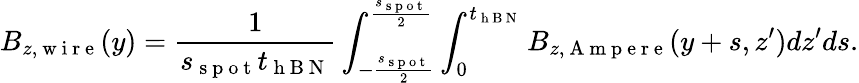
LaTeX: B_{z,\mathrm{~w~i~r~e~}}(y)=\frac{1}{s_{\mathrm{~s~p~o~t~}}t_{\mathrm{~h~B~N~}}}\int_{-\frac{s_{\mathrm{~s~p~o~t~}}}{2}}^{\frac{s_{\mathrm{~s~p~o~t~}}}{2}}\int_{0}^{t_{\mathrm{~h~B~N~}}}B_{z,\mathrm{~A~m~p~e~r~e~}}(y+s,z^{\prime})dz^{\prime}ds.